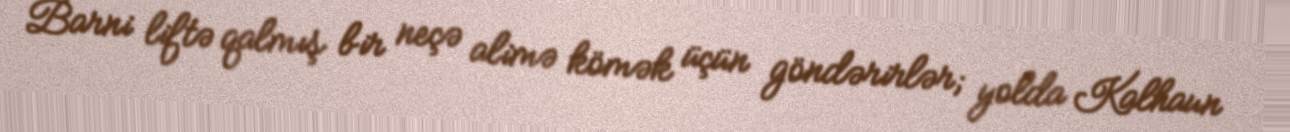
Barni liftə qalmış bir neçə alimə kömək üçün göndərirlər; yolda Kalhaun